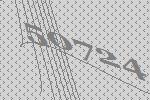
50724